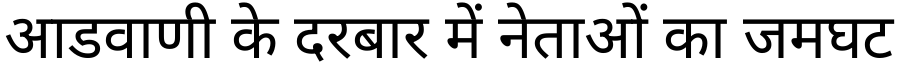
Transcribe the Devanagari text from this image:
आडवाणी के दरबार में नेताओं का जमघट